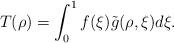
LaTeX: \begin{align*}T(\rho)=\int_0^1 f(\xi)\tilde{g}(\rho,\xi)d\xi.\end{align*}